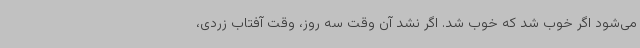
می‌شود اگر خوب شد که خوب شد. اگر نشد آن وقت سه روز، وقت آفتاب زردی،